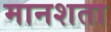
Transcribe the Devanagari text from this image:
मानशता